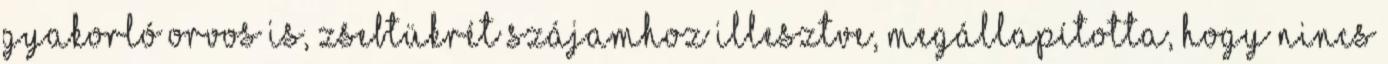
gyakorló orvos is, zsebtükrét szájamhoz illesztve, megállapította, hogy nincs